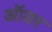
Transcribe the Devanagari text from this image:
ऑयर